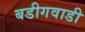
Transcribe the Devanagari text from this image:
बडीगवाडी